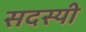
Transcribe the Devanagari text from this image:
सदस्यी